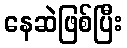
နေဆဲဖြစ်ပြီး